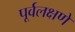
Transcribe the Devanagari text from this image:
पूर्वलक्षणे